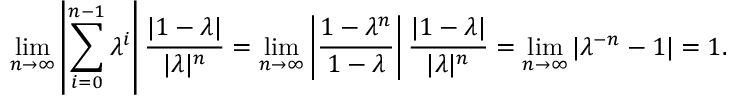
\operatorname* { l i m } _ { n \to \infty } \left| \sum _ { i = 0 } ^ { n - 1 } \lambda ^ { i } \right| \frac { | 1 - \lambda | } { | \lambda | ^ { n } } = \operatorname* { l i m } _ { n \to \infty } \left| \frac { 1 - \lambda ^ { n } } { 1 - \lambda } \right| \frac { | 1 - \lambda | } { | \lambda | ^ { n } } = \operatorname* { l i m } _ { n \to \infty } | \lambda ^ { - n } - 1 | = 1 .